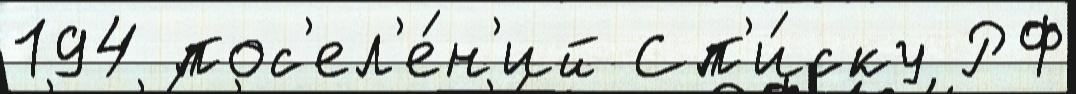
194 пос'ел'е́н'ий Сп'и́ску РФ